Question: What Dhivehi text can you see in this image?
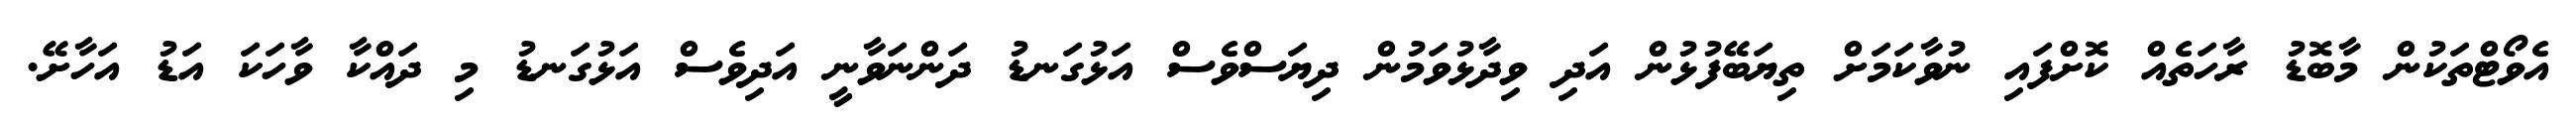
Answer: އެވޯޓްތަކުން މާބޮޑު ރާހަތެއް ކޮށްފައި ނުވާކަމަށް ތިޔަބޭފުޅުން އަދި ވިދާޅުވަމުން ދިޔަސްވެސް އަޅުގަނޑު ދަންނަވާނީ އަދިވެސް އަޅުގަނޑު މި ދައްކާ ވާހަކަ އަޑު އަހާށޭ.